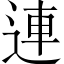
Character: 連